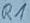
Text: R1